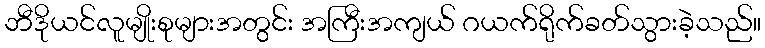
ဘီဒိုယင်လူမျိုးစုများအတွင်း အကြီးအကျယ် ဂယက်ရိုက်ခတ်သွားခဲ့သည်။